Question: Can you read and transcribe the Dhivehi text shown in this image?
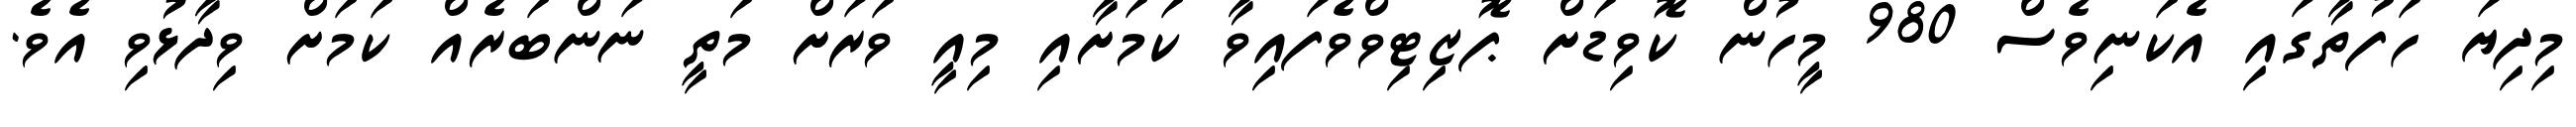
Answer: މިދިޔަ ހަފުތާގައި އެކަނިވެސް 980 މީހުން ކޮވިޑަށް ޕޮޒިޓިވްވެފައިވާ ކަމަށާއި މިއީ ވަރަށް މަތީ ނަންބަރެއް ކަމަށް ވިދާޅުވި އެވެ.